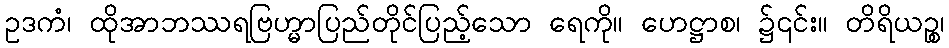
ဥဒကံ၊ ထိုအာဘဿရဗြဟ္မာပြည်တိုင်ပြည့်သော ရေကို။ ဟေဋ္ဌာစ၊ ၌၎င်း။ တိရိယဉ္စ၊